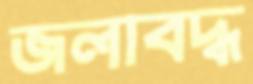
জলাবদ্ধ